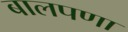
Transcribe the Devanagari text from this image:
बालपणा